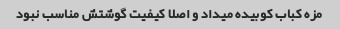
مزه کباب کوبیده میداد و اصلا کیفیت گوشتش مناسب نبود